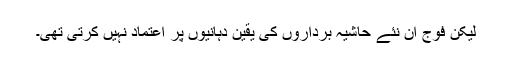
لیکن فوج ان نئے حاشیہ برداروں کی یقین دہانیوں پر اعتماد نہیں کرتی تھی۔